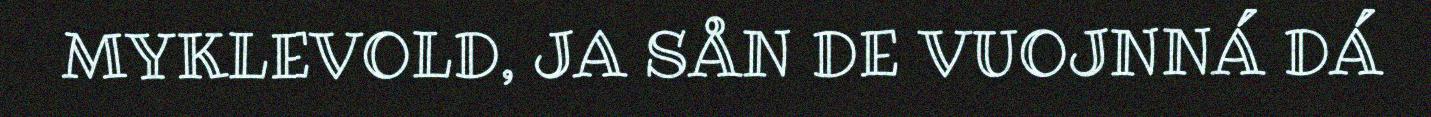
MYKLEVOLD, JA SÅN DE VUOJNNÁ DÁ